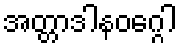
အတ္တာဒါနဝဂ္ဂေါ